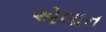
એલાન